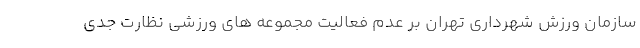
سازمان ورزش شهرداری تهران بر عدم فعالیت مجموعه های ورزشی نظارت جدی